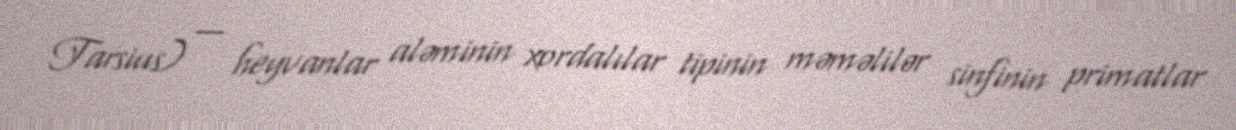
Tarsius) — heyvanlar aləminin xordalılar tipinin məməlilər sinfinin primatlar